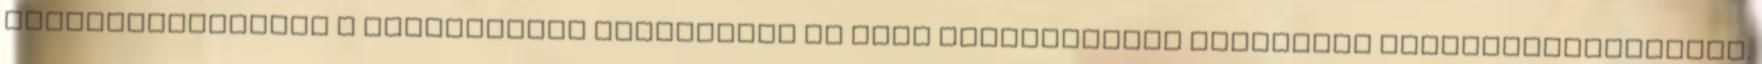
integrálhassátok a felgyorsult energiákat és hogy egyensúlyban tartsátok idegrendszereteket.